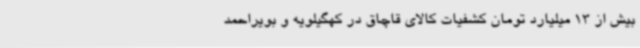
بیش از 13 میلیارد تومان کشفیات کالای قاچاق در کهگیلویه و بویراحمد